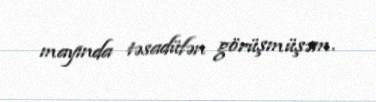
mayında təsadüfən görüşmüşəm.